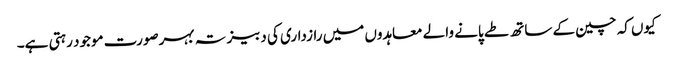
کیوں کہ چین کے ساتھ طے پانے والے معاہدوں میں رازداری کی دبیز تہ بہرصورت موجود رہتی ہے۔